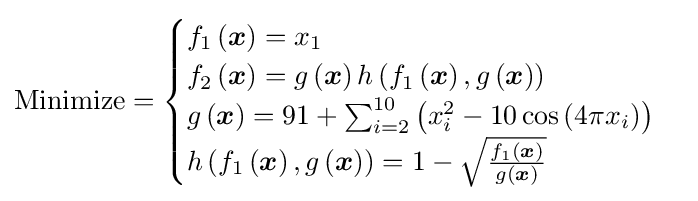
{\text{Minimize}}={\begin{cases}f_{1}\left({\boldsymbol {x}}\right)=x_{1}\\f_{2}\left({\boldsymbol {x}}\right)=g\left({\boldsymbol {x}}\right)h\left(f_{1}\left({\boldsymbol {x}}\right),g\left({\boldsymbol {x}}\right)\right)\\g\left({\boldsymbol {x}}\right)=91+\sum _{i=2}^{10}\left(x_{i}^{2}-10\cos \left(4\pi x_{i}\right)\right)\\h\left(f_{1}\left({\boldsymbol {x}}\right),g\left({\boldsymbol {x}}\right)\right)=1-{\sqrt {\frac {f_{1}\left({\boldsymbol {x}}\right)}{g\left({\boldsymbol {x}}\right)}}}\end{cases}}